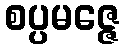
စပ္ပမဇ္ဇေ